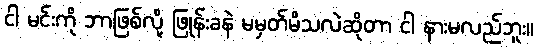
ငါ မင်းကို ဘာဖြစ်လို့ ဖြုန်းခနဲ မမှတ်မိသလဲဆိုတာ ငါ နားမလည်ဘူး။